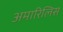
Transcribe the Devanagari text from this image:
अमारिलिस